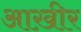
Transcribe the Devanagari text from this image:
आख़ीर